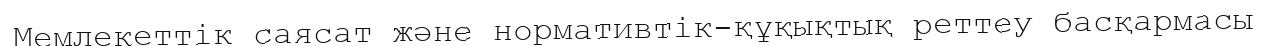
Мемлекеттік саясат және нормативтік-құқықтық реттеу басқармасы